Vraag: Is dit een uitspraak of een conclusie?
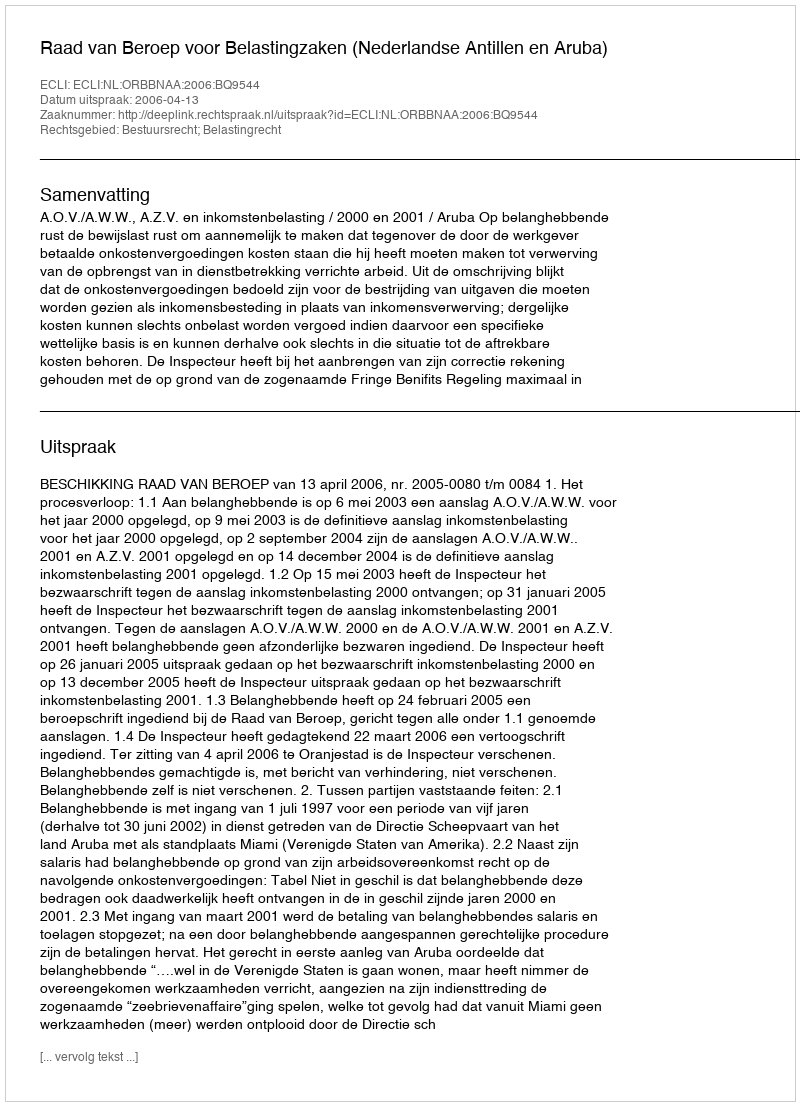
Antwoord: Uitspraak